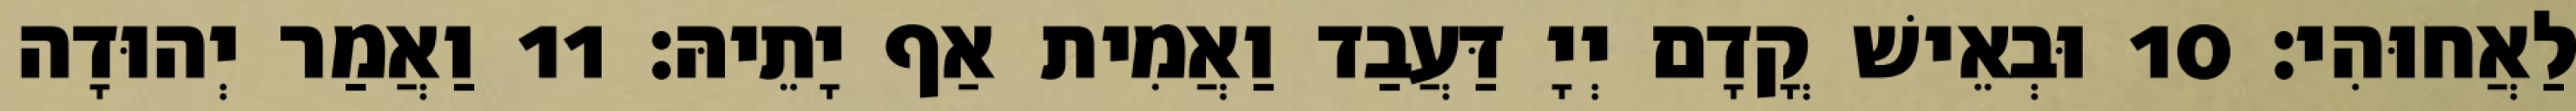
לַאֲחוּהִי׃ 10 וּבְאֵישׁ קֳדָם יְיָ דַּעֲבַד וַאֲמִית אַף יָתֵיהּ׃ 11 וַאֲמַר יְהוּדָה